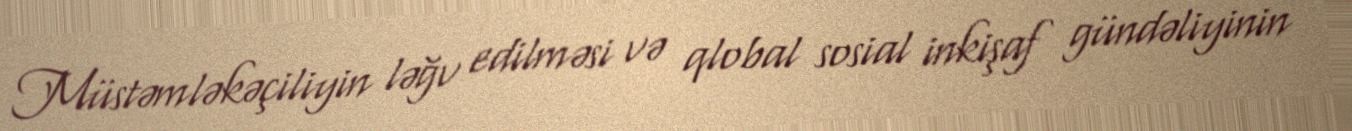
Müstəmləkəçiliyin ləğv edilməsi və qlobal sosial inkişaf gündəliyinin